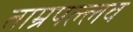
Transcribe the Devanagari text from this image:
ताम्रपल्लव